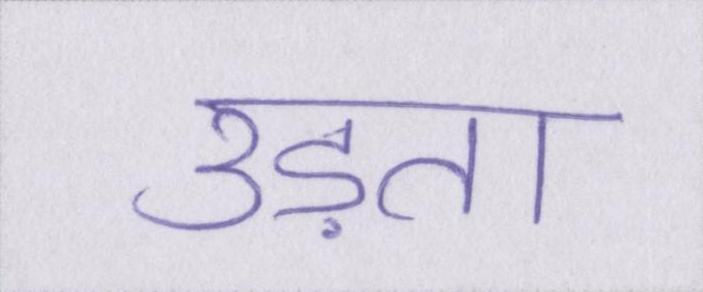
उड़ता